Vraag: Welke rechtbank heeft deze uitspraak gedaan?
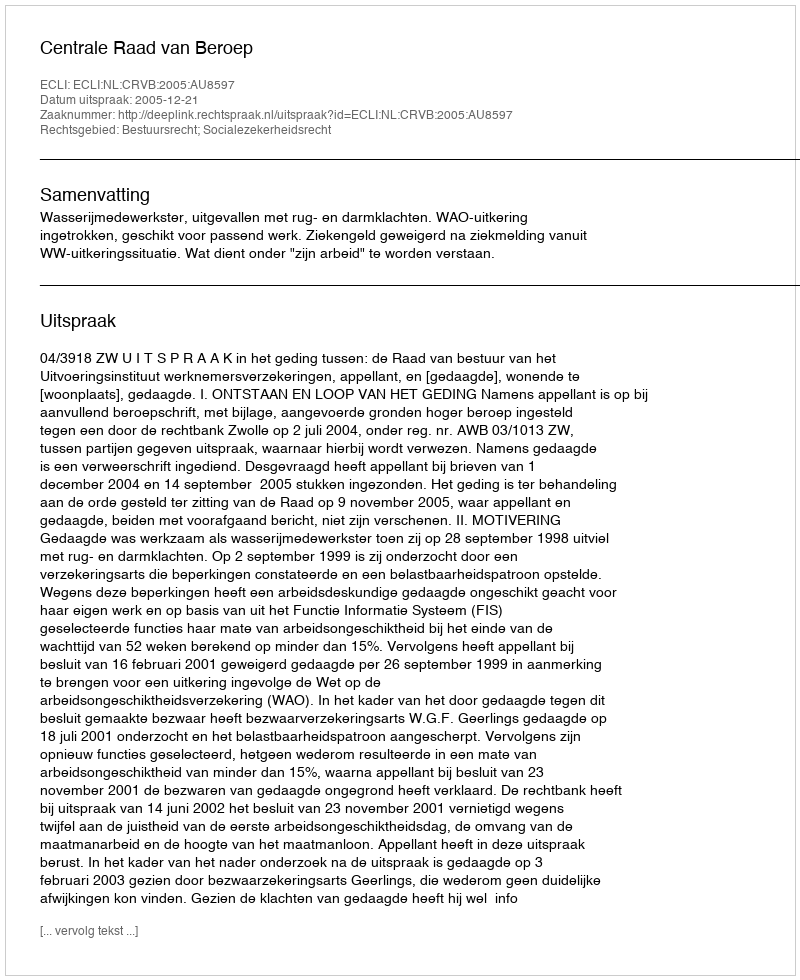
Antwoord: Centrale Raad van Beroep